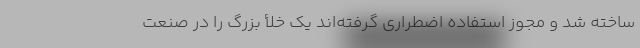
ساخته شد و مجوز استفاده اضطراری گرفته‌اند یک خلأ بزرگ را در صنعت